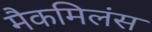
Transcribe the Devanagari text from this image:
मैकमिलंस